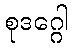
စုဒဂ္ဂေါ